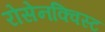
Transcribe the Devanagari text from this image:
रोसेनक्विस्ट